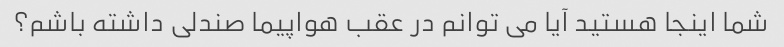
شما اینجا هستید آیا می توانم در عقب هواپیما صندلی داشته باشم؟